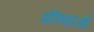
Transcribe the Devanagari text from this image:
प्रतिष्ठाओं